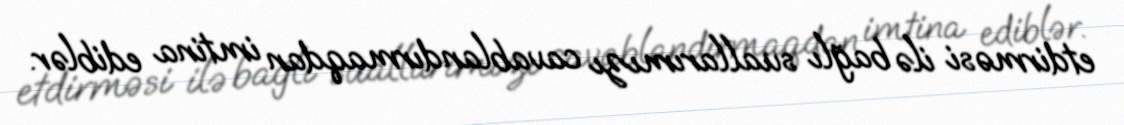
etdirməsi ilə bağlı suallarımızı cavablandırmaqdan imtina ediblər.